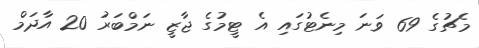
މެޗުގެ 69 ވަނަ މިނެޓުގައި އެ ޓީމުގެ ޖާޒީ ނަމްބަރު 20 އާދަމް